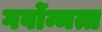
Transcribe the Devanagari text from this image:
गर्वोन्मत्त